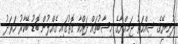
ދުނިޔޭގެ ސިއްހަތު ޖަމިއްޔާގެ ހިސާބުތައް ދައްކާ ގޮތުގައި ގެއްލުން ބޮޑު ބޭކާރު ހަރަދު